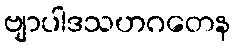
ဗျာပါဒသဟဂတေန